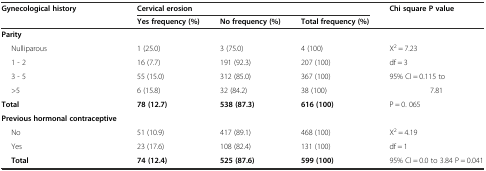
<table><thead><tr><td rowspan="2"><b>Gynecological history</b></td><td colspan="3"><b>Cervical erosion</b></td><td rowspan="2"><b>Chi square P value</b></td></tr><tr><td><b>Yes frequency (%)</b></td><td><b>No frequency (%)</b></td><td><b>Total frequency (%)</b></td></tr></thead><tbody><tr><td><b>Parity</b></td><td></td><td></td><td></td><td></td></tr><tr><td>Nulliparous</td><td>1 (25.0)</td><td>3 (75.0)</td><td>4 (100)</td><td>X<sup>2</sup> = 7.23</td></tr><tr><td>1 - 2</td><td>16 (7.7)</td><td>191 (92.3)</td><td>207 (100)</td><td>df = 3</td></tr><tr><td>3 - 5</td><td>55 (15.0)</td><td>312 (85.0)</td><td>367 (100)</td><td>95% CI = 0.115 to</td></tr><tr><td>&gt;5</td><td>6 (15.8)</td><td>32 (84.2)</td><td>38 (100)</td><td>7.81</td></tr><tr><td><b>Total</b></td><td><b>78 (12.7)</b></td><td><b>538 (87.3)</b></td><td><b>616 (100)</b></td><td>P = 0. 065</td></tr><tr><td><b>Previous hormonal contraceptive</b></td><td></td><td></td><td></td><td></td></tr><tr><td>No</td><td>51 (10.9)</td><td>417 (89.1)</td><td>468 (100)</td><td>X<sup>2</sup> = 4.19</td></tr><tr><td>Yes</td><td>23 (17.6)</td><td>108 (82.4)</td><td>131 (100)</td><td>df = 1</td></tr><tr><td><b>Total</b></td><td><b>74 (12.4)</b></td><td><b>525 (87.6)</b></td><td><b>599 (100)</b></td><td>95% CI = 0.0 to 3.84 P = 0.041</td></tr></tbody></table>